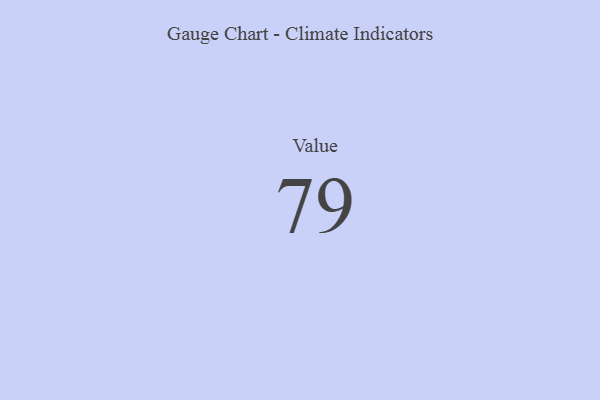
{"axis": {"x": "Metric", "y": "Value"}, "legend": [""], "data": [{"x": "Value", "y": 79, "type": ""}]}